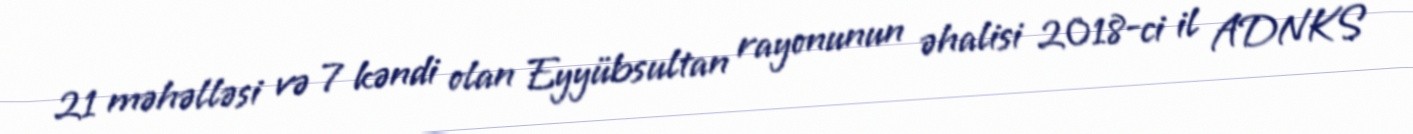
21 məhəlləsi və 7 kəndi olan Eyyübsultan rayonunun əhalisi 2018-ci il ADNKS